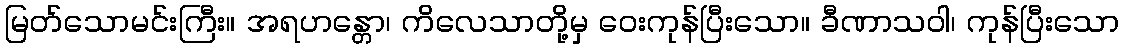
မြတ်သောမင်းကြီး။ အရဟန္တော၊ ကိလေသာတို့မှ ဝေးကုန်ပြီးသော။ ခီဏာသဝါ၊ ကုန်ပြီးသော